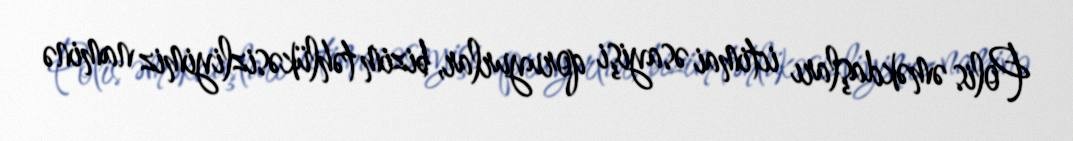
Polis əməkdaşları ictimai əsayişi qoruyurlar, bizim təhlükəsizliyimiz naminə